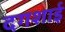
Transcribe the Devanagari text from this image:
दगशाई